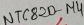
Text: NTC820-µ4